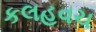
કલહવચ